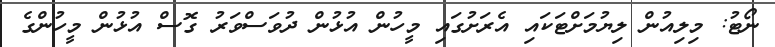
ނޯޓު: މިލިއުން ލިޔުމަށްޓަކައި އެރަށުގައި މީހުން އުޅުން ދުވަސްވަރު ގޮސް އުޅުން މީހުންގެ